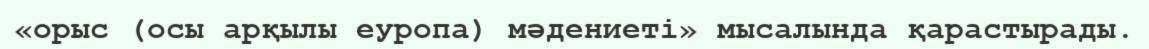
«орыс (осы арқылы еуропа) мәдениеті» мысалында қарастырады.